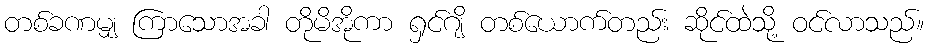
တစ်ခဏမျှ ကြာသောအခါ တိုမိအိုကာ ရှင်ဂျိ တစ်ယောက်တည်း ဆိုင်ထဲသို့ ဝင်လာသည်။